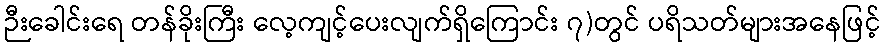
ဉီးခေါင်းရေ တန်ခိုးကြီး လေ့ကျင့်ပေးလျက်ရှိကြောင်း ၇)တွင် ပရိသတ်များအနေဖြင့်